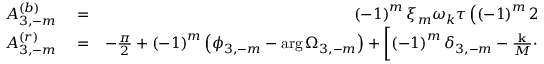
\begin{array} { r l r } { A _ { 3 , - m } ^ { \left( b \right) } } & { { } = } & { \left( - 1 \right) ^ { m } \xi _ { m } \omega _ { k } \tau \left( \left( - 1 \right) ^ { m } 2 \xi _ { m } \omega _ { k } , 3 , - m , \ell _ { 3 , - m } \right) + \eta _ { 0 } ^ { \left( \ell _ { 3 , - m } \right) } + \eta _ { 0 } ^ { \left( \ell _ { 3 , - m } \right) } \left( \left( - 1 \right) ^ { m } 2 \xi _ { m } \omega _ { k } \right) } \\ { A _ { 3 , - m } ^ { \left( r \right) } } & { { } = } & { - \frac { \pi } { 2 } + \left( - 1 \right) ^ { m } \left( \phi _ { 3 , - m } - \arg \Omega _ { 3 , - m } \right) + \left[ \left( - 1 \right) ^ { m } \delta _ { 3 , - m } - \frac { \mathbf { k } } { M } \mathbf { \cdot p } _ { + , T _ { 3 , - m } + \tau \left( \left( - 1 \right) ^ { m } 2 \xi _ { m } \omega _ { k } , 3 , - m , \ell _ { 3 , - m } \right) } ^ { \left( 3 , - m \right) } - \left( 2 m + 1 \right) \omega _ { k } \right] T _ { 3 , - m } ^ { \left( 0 \right) } } \end{array}